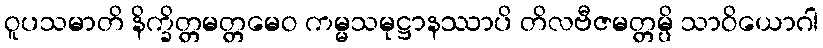
ဝူပသမာတိ နိက္ခိတ္တမတ္တမေဝ ကမ္မသမုဋ္ဌာနဿာပိ တိလဗီဇမတ္တမ္ပိ သာဝိယောဂါ